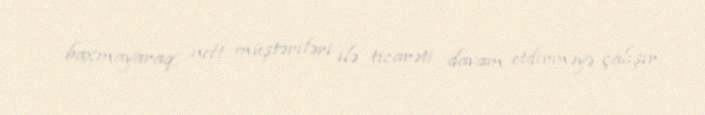
baxmayaraq, neft müştəriləri ilə ticarəti davam etdirməyə çalışır.